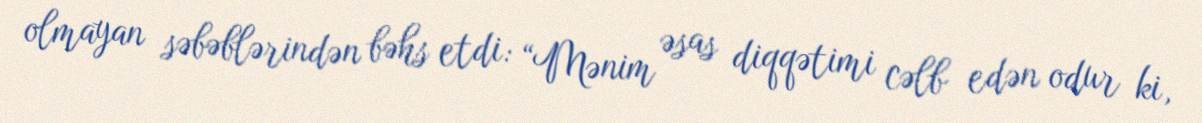
olmayan səbəblərindən bəhs etdi: “Mənim əsas diqqətimi cəlb edən odur ki,